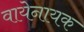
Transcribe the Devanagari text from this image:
वायेनायक